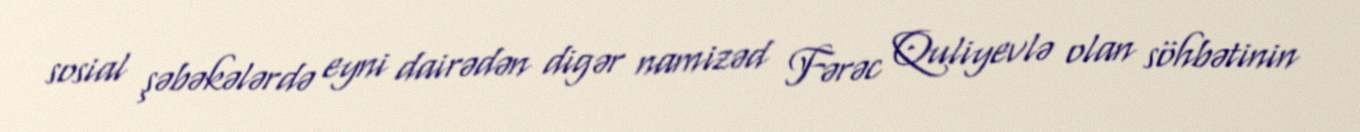
sosial şəbəkələrdə eyni dairədən digər namizəd Fərəc Quliyevlə olan söhbətinin